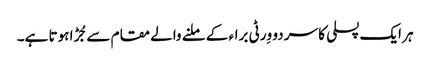
ہر ایک پسلی کا سر دو وِرٹی براء کے ملنے والے مقام سے جُڑا ہوتا ہے۔